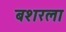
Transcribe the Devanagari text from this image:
बशरला